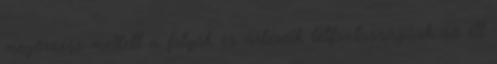
megőrzése mellett a folyók és ártereik létfontosságúak az itt